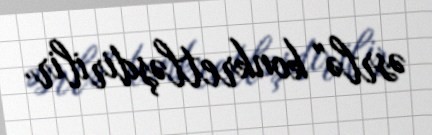
əsrlə" konkretləşdirilir.